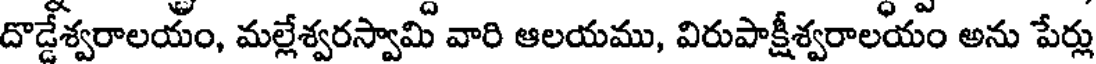
దొడ్డేశ్వరాలయం, మల్లేశ్వరస్వామి వారి ఆలయము, విరుపాక్షీశ్వరాలయం అను పేర్లు